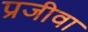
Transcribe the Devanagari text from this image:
प्रजीवा